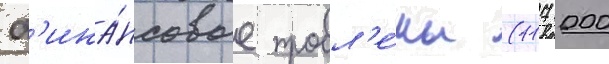
ф'ина́нсовые пробл'е́мы (117 000